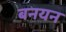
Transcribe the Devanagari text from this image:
बनयन